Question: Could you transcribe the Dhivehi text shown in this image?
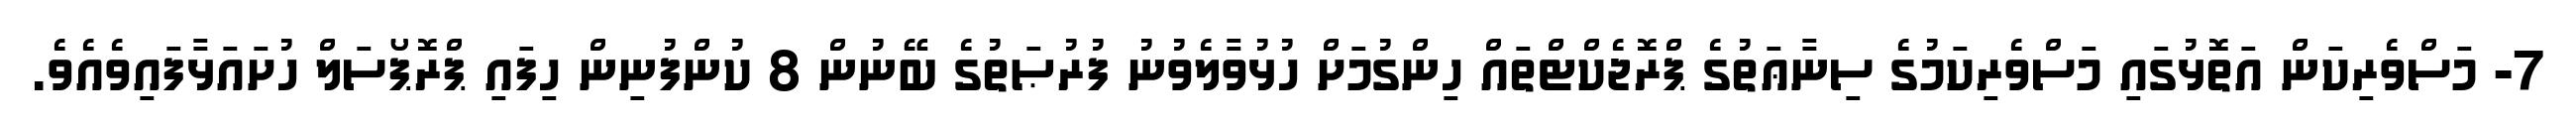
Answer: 7- މަސްވެރިކަން އަތޮޅުގައި މަސްވެރިކަމުގެ ސިނާޢަތުގެ ޕްރޮޖެކްޓްތައް ހިންގުމަށް ހުޅުވާލެވުނު ފުރުޞަތުގެ ބޭނުން 8 ކުންފުނިން ހިފައި ޕްރޮޕޯސަލް ހުށައަޅާފައިވެއެވެ.